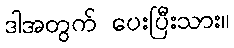
ဒါအတွက် ပေးပြီးသား။